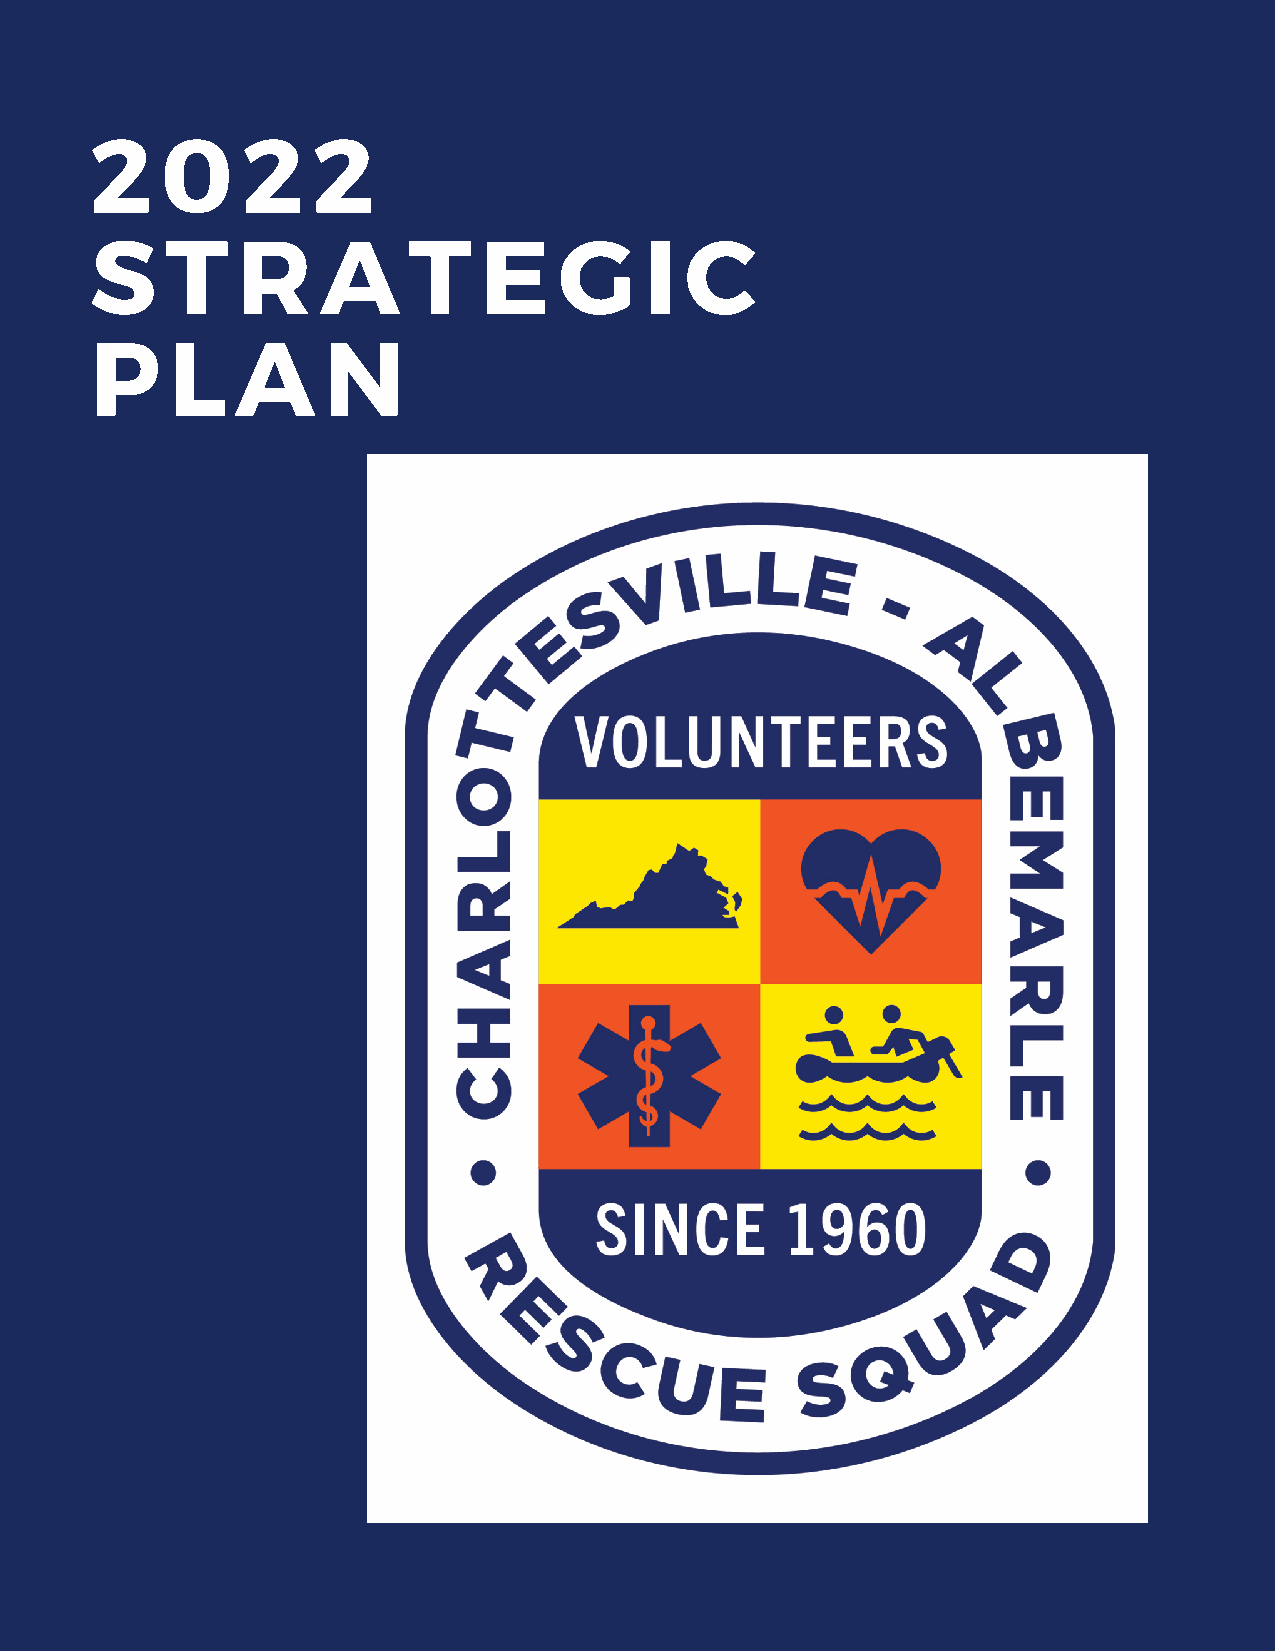
2    0    2    2
 S    T    R    A     T    E    G     I C
 P    L    A    N